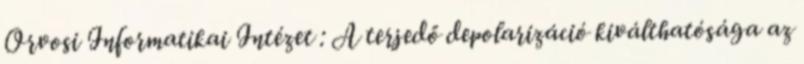
Orvosi Informatikai Intézet : A terjedő depolarizáció kiválthatósága az